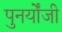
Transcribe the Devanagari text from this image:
पुनर्योंजी